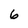
Character: 6